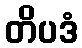
တိပဒံ